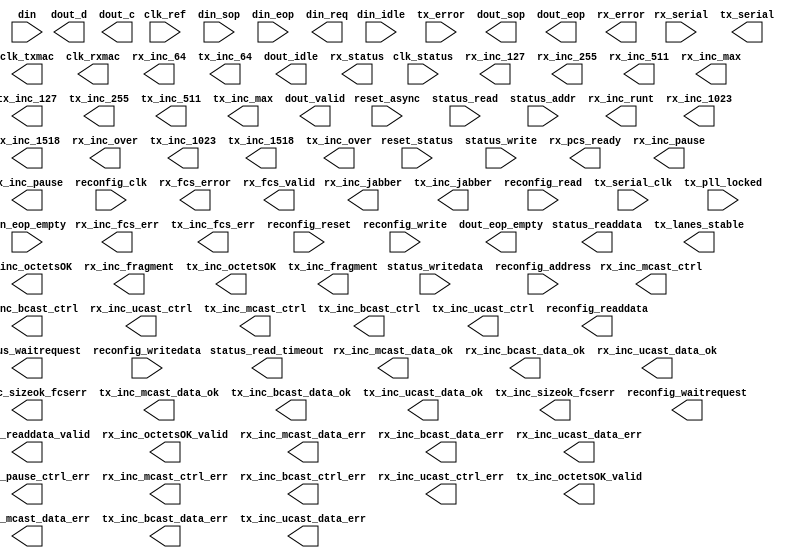

module e40 (
	clk_ref,
	reset_async,
	rx_serial,
	tx_serial,
	clk_status,
	reset_status,
	status_write,
	status_read,
	status_addr,
	status_writedata,
	status_readdata,
	status_readdata_valid,
	status_waitrequest,
	status_read_timeout,
	clk_txmac,
	tx_lanes_stable,
	rx_pcs_ready,
	clk_rxmac,
	rx_inc_octetsOK,
	rx_inc_octetsOK_valid,
	rx_inc_runt,
	rx_inc_64,
	rx_inc_127,
	rx_inc_255,
	rx_inc_511,
	rx_inc_1023,
	rx_inc_1518,
	rx_inc_max,
	rx_inc_over,
	rx_inc_mcast_data_err,
	rx_inc_mcast_data_ok,
	rx_inc_bcast_data_err,
	rx_inc_bcast_data_ok,
	rx_inc_ucast_data_err,
	rx_inc_ucast_data_ok,
	rx_inc_mcast_ctrl,
	rx_inc_bcast_ctrl,
	rx_inc_ucast_ctrl,
	rx_inc_pause,
	rx_inc_fcs_err,
	rx_inc_fragment,
	rx_inc_jabber,
	rx_inc_sizeok_fcserr,
	rx_inc_pause_ctrl_err,
	rx_inc_mcast_ctrl_err,
	rx_inc_bcast_ctrl_err,
	rx_inc_ucast_ctrl_err,
	tx_inc_octetsOK,
	tx_inc_octetsOK_valid,
	tx_inc_64,
	tx_inc_127,
	tx_inc_255,
	tx_inc_511,
	tx_inc_1023,
	tx_inc_1518,
	tx_inc_max,
	tx_inc_over,
	tx_inc_mcast_data_err,
	tx_inc_mcast_data_ok,
	tx_inc_bcast_data_err,
	tx_inc_bcast_data_ok,
	tx_inc_ucast_data_err,
	tx_inc_ucast_data_ok,
	tx_inc_mcast_ctrl,
	tx_inc_bcast_ctrl,
	tx_inc_ucast_ctrl,
	tx_inc_pause,
	tx_inc_fcs_err,
	tx_inc_fragment,
	tx_inc_jabber,
	tx_inc_sizeok_fcserr,
	reconfig_clk,
	reconfig_reset,
	reconfig_write,
	reconfig_read,
	reconfig_address,
	reconfig_writedata,
	reconfig_readdata,
	reconfig_waitrequest,
	tx_serial_clk,
	tx_pll_locked,
	din_sop,
	din_eop,
	din_idle,
	din_eop_empty,
	din,
	din_req,
	tx_error,
	dout_valid,
	dout_d,
	dout_c,
	dout_sop,
	dout_eop,
	dout_eop_empty,
	dout_idle,
	rx_error,
	rx_status,
	rx_fcs_error,
	rx_fcs_valid);	

	input	[0:0]	clk_ref;
	input	[0:0]	reset_async;
	input	[3:0]	rx_serial;
	output	[3:0]	tx_serial;
	input	[0:0]	clk_status;
	input	[0:0]	reset_status;
	input	[0:0]	status_write;
	input	[0:0]	status_read;
	input	[15:0]	status_addr;
	input	[31:0]	status_writedata;
	output	[31:0]	status_readdata;
	output	[0:0]	status_readdata_valid;
	output	[0:0]	status_waitrequest;
	output	[0:0]	status_read_timeout;
	output	[0:0]	clk_txmac;
	output	[0:0]	tx_lanes_stable;
	output	[0:0]	rx_pcs_ready;
	output	[0:0]	clk_rxmac;
	output	[15:0]	rx_inc_octetsOK;
	output	[0:0]	rx_inc_octetsOK_valid;
	output	[0:0]	rx_inc_runt;
	output	[0:0]	rx_inc_64;
	output	[0:0]	rx_inc_127;
	output	[0:0]	rx_inc_255;
	output	[0:0]	rx_inc_511;
	output	[0:0]	rx_inc_1023;
	output	[0:0]	rx_inc_1518;
	output	[0:0]	rx_inc_max;
	output	[0:0]	rx_inc_over;
	output	[0:0]	rx_inc_mcast_data_err;
	output	[0:0]	rx_inc_mcast_data_ok;
	output	[0:0]	rx_inc_bcast_data_err;
	output	[0:0]	rx_inc_bcast_data_ok;
	output	[0:0]	rx_inc_ucast_data_err;
	output	[0:0]	rx_inc_ucast_data_ok;
	output	[0:0]	rx_inc_mcast_ctrl;
	output	[0:0]	rx_inc_bcast_ctrl;
	output	[0:0]	rx_inc_ucast_ctrl;
	output	[0:0]	rx_inc_pause;
	output	[0:0]	rx_inc_fcs_err;
	output	[0:0]	rx_inc_fragment;
	output	[0:0]	rx_inc_jabber;
	output	[0:0]	rx_inc_sizeok_fcserr;
	output	[0:0]	rx_inc_pause_ctrl_err;
	output	[0:0]	rx_inc_mcast_ctrl_err;
	output	[0:0]	rx_inc_bcast_ctrl_err;
	output	[0:0]	rx_inc_ucast_ctrl_err;
	output	[15:0]	tx_inc_octetsOK;
	output	[0:0]	tx_inc_octetsOK_valid;
	output	[0:0]	tx_inc_64;
	output	[0:0]	tx_inc_127;
	output	[0:0]	tx_inc_255;
	output	[0:0]	tx_inc_511;
	output	[0:0]	tx_inc_1023;
	output	[0:0]	tx_inc_1518;
	output	[0:0]	tx_inc_max;
	output	[0:0]	tx_inc_over;
	output	[0:0]	tx_inc_mcast_data_err;
	output	[0:0]	tx_inc_mcast_data_ok;
	output	[0:0]	tx_inc_bcast_data_err;
	output	[0:0]	tx_inc_bcast_data_ok;
	output	[0:0]	tx_inc_ucast_data_err;
	output	[0:0]	tx_inc_ucast_data_ok;
	output	[0:0]	tx_inc_mcast_ctrl;
	output	[0:0]	tx_inc_bcast_ctrl;
	output	[0:0]	tx_inc_ucast_ctrl;
	output	[0:0]	tx_inc_pause;
	output	[0:0]	tx_inc_fcs_err;
	output	[0:0]	tx_inc_fragment;
	output	[0:0]	tx_inc_jabber;
	output	[0:0]	tx_inc_sizeok_fcserr;
	input	[0:0]	reconfig_clk;
	input	[0:0]	reconfig_reset;
	input	[0:0]	reconfig_write;
	input	[0:0]	reconfig_read;
	input	[11:0]	reconfig_address;
	input	[31:0]	reconfig_writedata;
	output	[31:0]	reconfig_readdata;
	output	[0:0]	reconfig_waitrequest;
	input	[3:0]	tx_serial_clk;
	input	[0:0]	tx_pll_locked;
	input	[1:0]	din_sop;
	input	[1:0]	din_eop;
	input	[1:0]	din_idle;
	input	[5:0]	din_eop_empty;
	input	[127:0]	din;
	output		din_req;
	input	[1:0]	tx_error;
	output		dout_valid;
	output	[127:0]	dout_d;
	output	[15:0]	dout_c;
	output	[1:0]	dout_sop;
	output	[1:0]	dout_eop;
	output	[5:0]	dout_eop_empty;
	output	[1:0]	dout_idle;
	output	[5:0]	rx_error;
	output	[2:0]	rx_status;
	output		rx_fcs_error;
	output		rx_fcs_valid;
endmodule